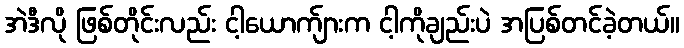
အဲဒီလို ဖြစ်တိုင်းလည်း ငါ့ယောက်ျားက ငါ့ကိုချည်းပဲ အပြစ်တင်ခဲ့တယ်။